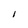
Character: I